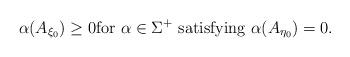
LaTeX: \begin{align*}\alpha (A_{\xi_0}) \geq 0 \mbox{for } \alpha \in \Sigma^+ \mbox{ satisfying } \alpha (A_{\eta_0}) = 0.\end{align*}